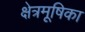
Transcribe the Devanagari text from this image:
क्षेत्रमूषिका